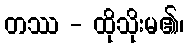
တဿ - ထိုသိုးမ၏၊